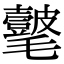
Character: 𣰺